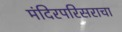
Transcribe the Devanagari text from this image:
मंदिरपरिसराचा